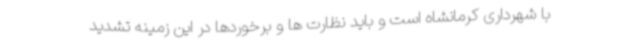
با شهرداری کرمانشاه است و باید نظارت ها و برخوردها در این زمینه تشدید